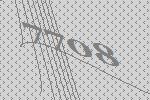
7708